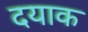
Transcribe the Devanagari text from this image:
दयाक